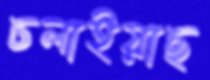
ঢলাইয়াছ